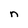
Character: n